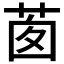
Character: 𦯎